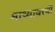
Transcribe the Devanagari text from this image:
माथ्यावरची